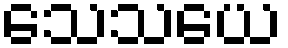
သေသယေ